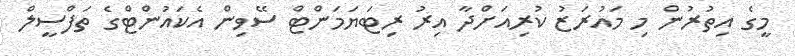
މީގެ އިތުރުން މި މައުރަޒު ކުރިއަށްދާ އިރު ރިޓަޔަމަންޓް ސޭވިން އެކައުންޓްގެ ތަފްސީލް